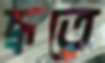
ভ্রূতে